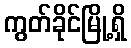
ကွတ်ခိုင်မြို့ရှိ